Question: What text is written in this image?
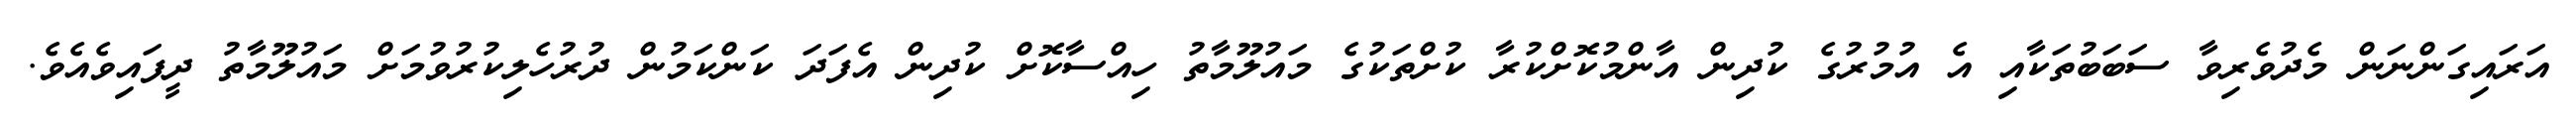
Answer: އަރައިގަންނަން މެދުވެރިވާ ސަބަބުތަކާއި އެ އުމުރުގެ ކުދިން އާންމުކޮށްކުރާ ކުށްތަކުގެ މައުލޫމާތު ހިއްސާކޮށް ކުދިން އެފަދަ ކަންކަމުން ދުރުހެލިކުރުވުމަށް މައުލޫމާތު ދީފައިވެއެވެ.